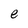
Character: e